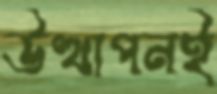
উত্থাপনই